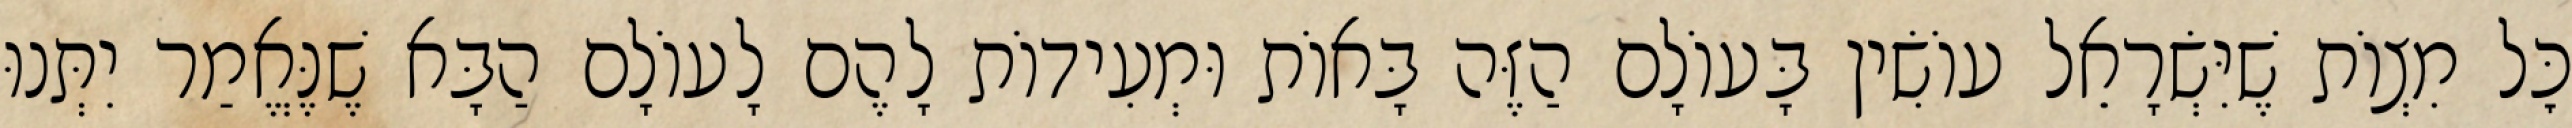
כׇּל מִצְוֹת שֶׁיִּשְׂרָאֵל עוֹשִׂין בָּעוֹלָם הַזֶּה בָּאוֹת וּמְעִידוֹת לָהֶם לָעוֹלָם הַבָּא שֶׁנֶּאֱמַר יִתְּנוּ